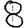
Digit: 8